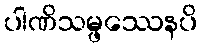
ပါဏိသမ္ဖဿေနပိ